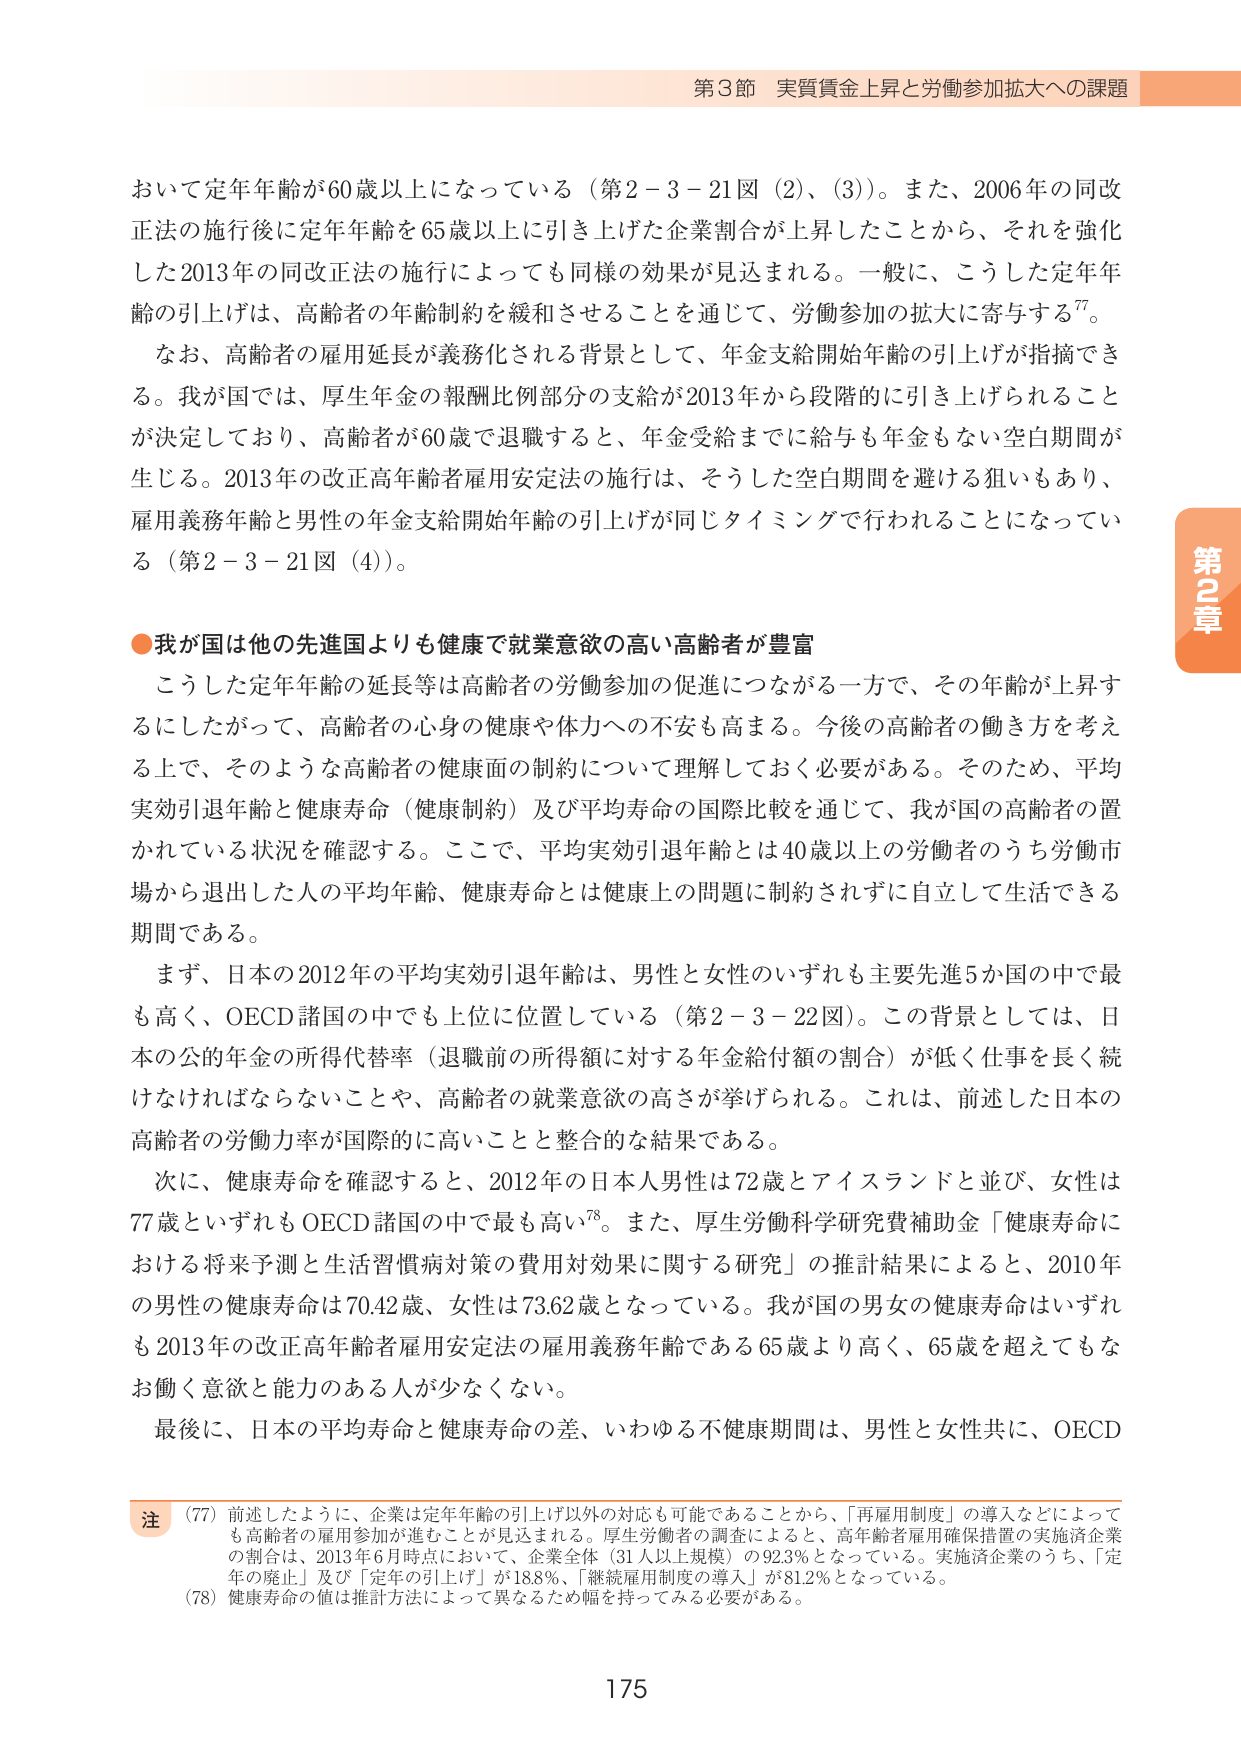
第3節 実質賃金上昇と労働参加拡大への課題

おいて定年年齢が60歳以上になっている（第2－3－21図（2）、（3））。また、2006年の同改正法の施行後に定年年齢を65歳以上に引き上げた企業割合が上昇したことから、それを強化した2013年の同改正法の施行によっても同様の効果が見込まれる。一般に、こうした定年年齢の引上げは、高齢者の年齢制約を緩和させることを通じて、労働参加の拡大に寄与する⁷⁷。

なお、高齢者の雇用延長が義務化される背景として、年金支給開始年齢の引上げが指摘できる。我が国では、厚生年金の報酬比例部分の支給が2013年から段階的に引き上げられることを決定しており、高齢者が60歳で退職すると、年金受給までに給与も年金もない空白期間が生じる。2013年の改正高年齢者雇用安定法の施行は、そうした空白期間を避ける狙いもあり、雇用義務年齢と男性の年金支給開始年齢の引上げが同じタイミングで行われることになっている（第2－3－21図（4））。

●我が国は他の先進国よりも健康で就業意欲の高い高齢者が豊富

こうした定年年齢の延長等は高齢者の労働参加の促進につながる一方で、その年齢が上昇するにしたがって、高齢者の心身の健康や体力への不安も高まる。今後の高齢者の働き方を考える上で、そのような高齢者の健康面の制約について理解しておく必要がある。そのため、平均実効引退年齢と健康寿命（健康制約）及び平均寿命の国際比較を通じて、我が国の高齢者の置かれている状況を確認する。ここで、平均実効引退年齢とは40歳以上の労働者のうち労働市場から退出した人の平均年齢、健康寿命とは健康上の問題に制約されずに自立して生活できる期間である。

まず、日本の2012年の平均実効引退年齢は、男性と女性のいずれも主要先進5か国の中で最も高く、OECD諸国の中でも上位に位置している（第2－3－22図）。この背景としては、日本の公的年金の所得代替率（退職前の所得額に対する年金給付額の割合）が低く仕事を長く続けなければならないことや、高齢者の就業意欲の高さが挙げられる。これは、前述した日本の高齢者の労働力率が国際的に高いことと整合的な結果である。

次に、健康寿命を確認すると、2012年の日本人男性は72歳とアイスランドと並び、女性は77歳といずれもOECD諸国の中で最も高い⁷⁸。また、厚生労働科学研究費補助金「健康寿命における将来予測と生活習慣病対策の費用対効果に関する研究」の推計結果によると、2010年の男性の健康寿命は70.42歳、女性は73.62歳となっている。我が国の男女の健康寿命はいずれも2013年の改正高年齢者雇用安定法の雇用義務年齢である65歳より高く、65歳を超えてもなお働く意欲と能力のある人が少なくない。

最後に、日本の平均寿命と健康寿命の差、いわゆる不健康期間は、男性と女性共に、OECD

注
（77）前述したように、企業は定年年齢の引上げ以外の対応も可能であることから、「再雇用制度」の導入などによっても高齢者の雇用参加が進むことが見込まれる。厚生労働省の調査によると、高年齢者雇用確保措置の実施済企業の割合は、2013年6月時点において、企業全体（31人以上規模）の92.3％となっている。実施済企業のうち、「定年の廃止」及び「定年の引上げ」が18.8％、「継続雇用制度の導入」が81.2％となっている。
（78）健康寿命の値は推計方法によって異なるため幅を持ってみる必要がある。

175

第2章